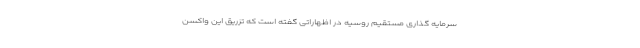
سرمایه گذاری مستقیم روسیه در اظهاراتی گفته است که تزریق این واکسن